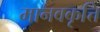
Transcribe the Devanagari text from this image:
मानवकृत्ति